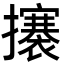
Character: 攐